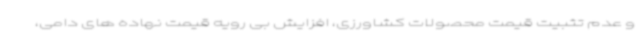
و عدم تثبیت قیمت محصولات کشاورزی، افزایش بی رویه قیمت نهاده های دامی،